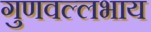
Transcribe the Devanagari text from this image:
गुणवल्लभाय